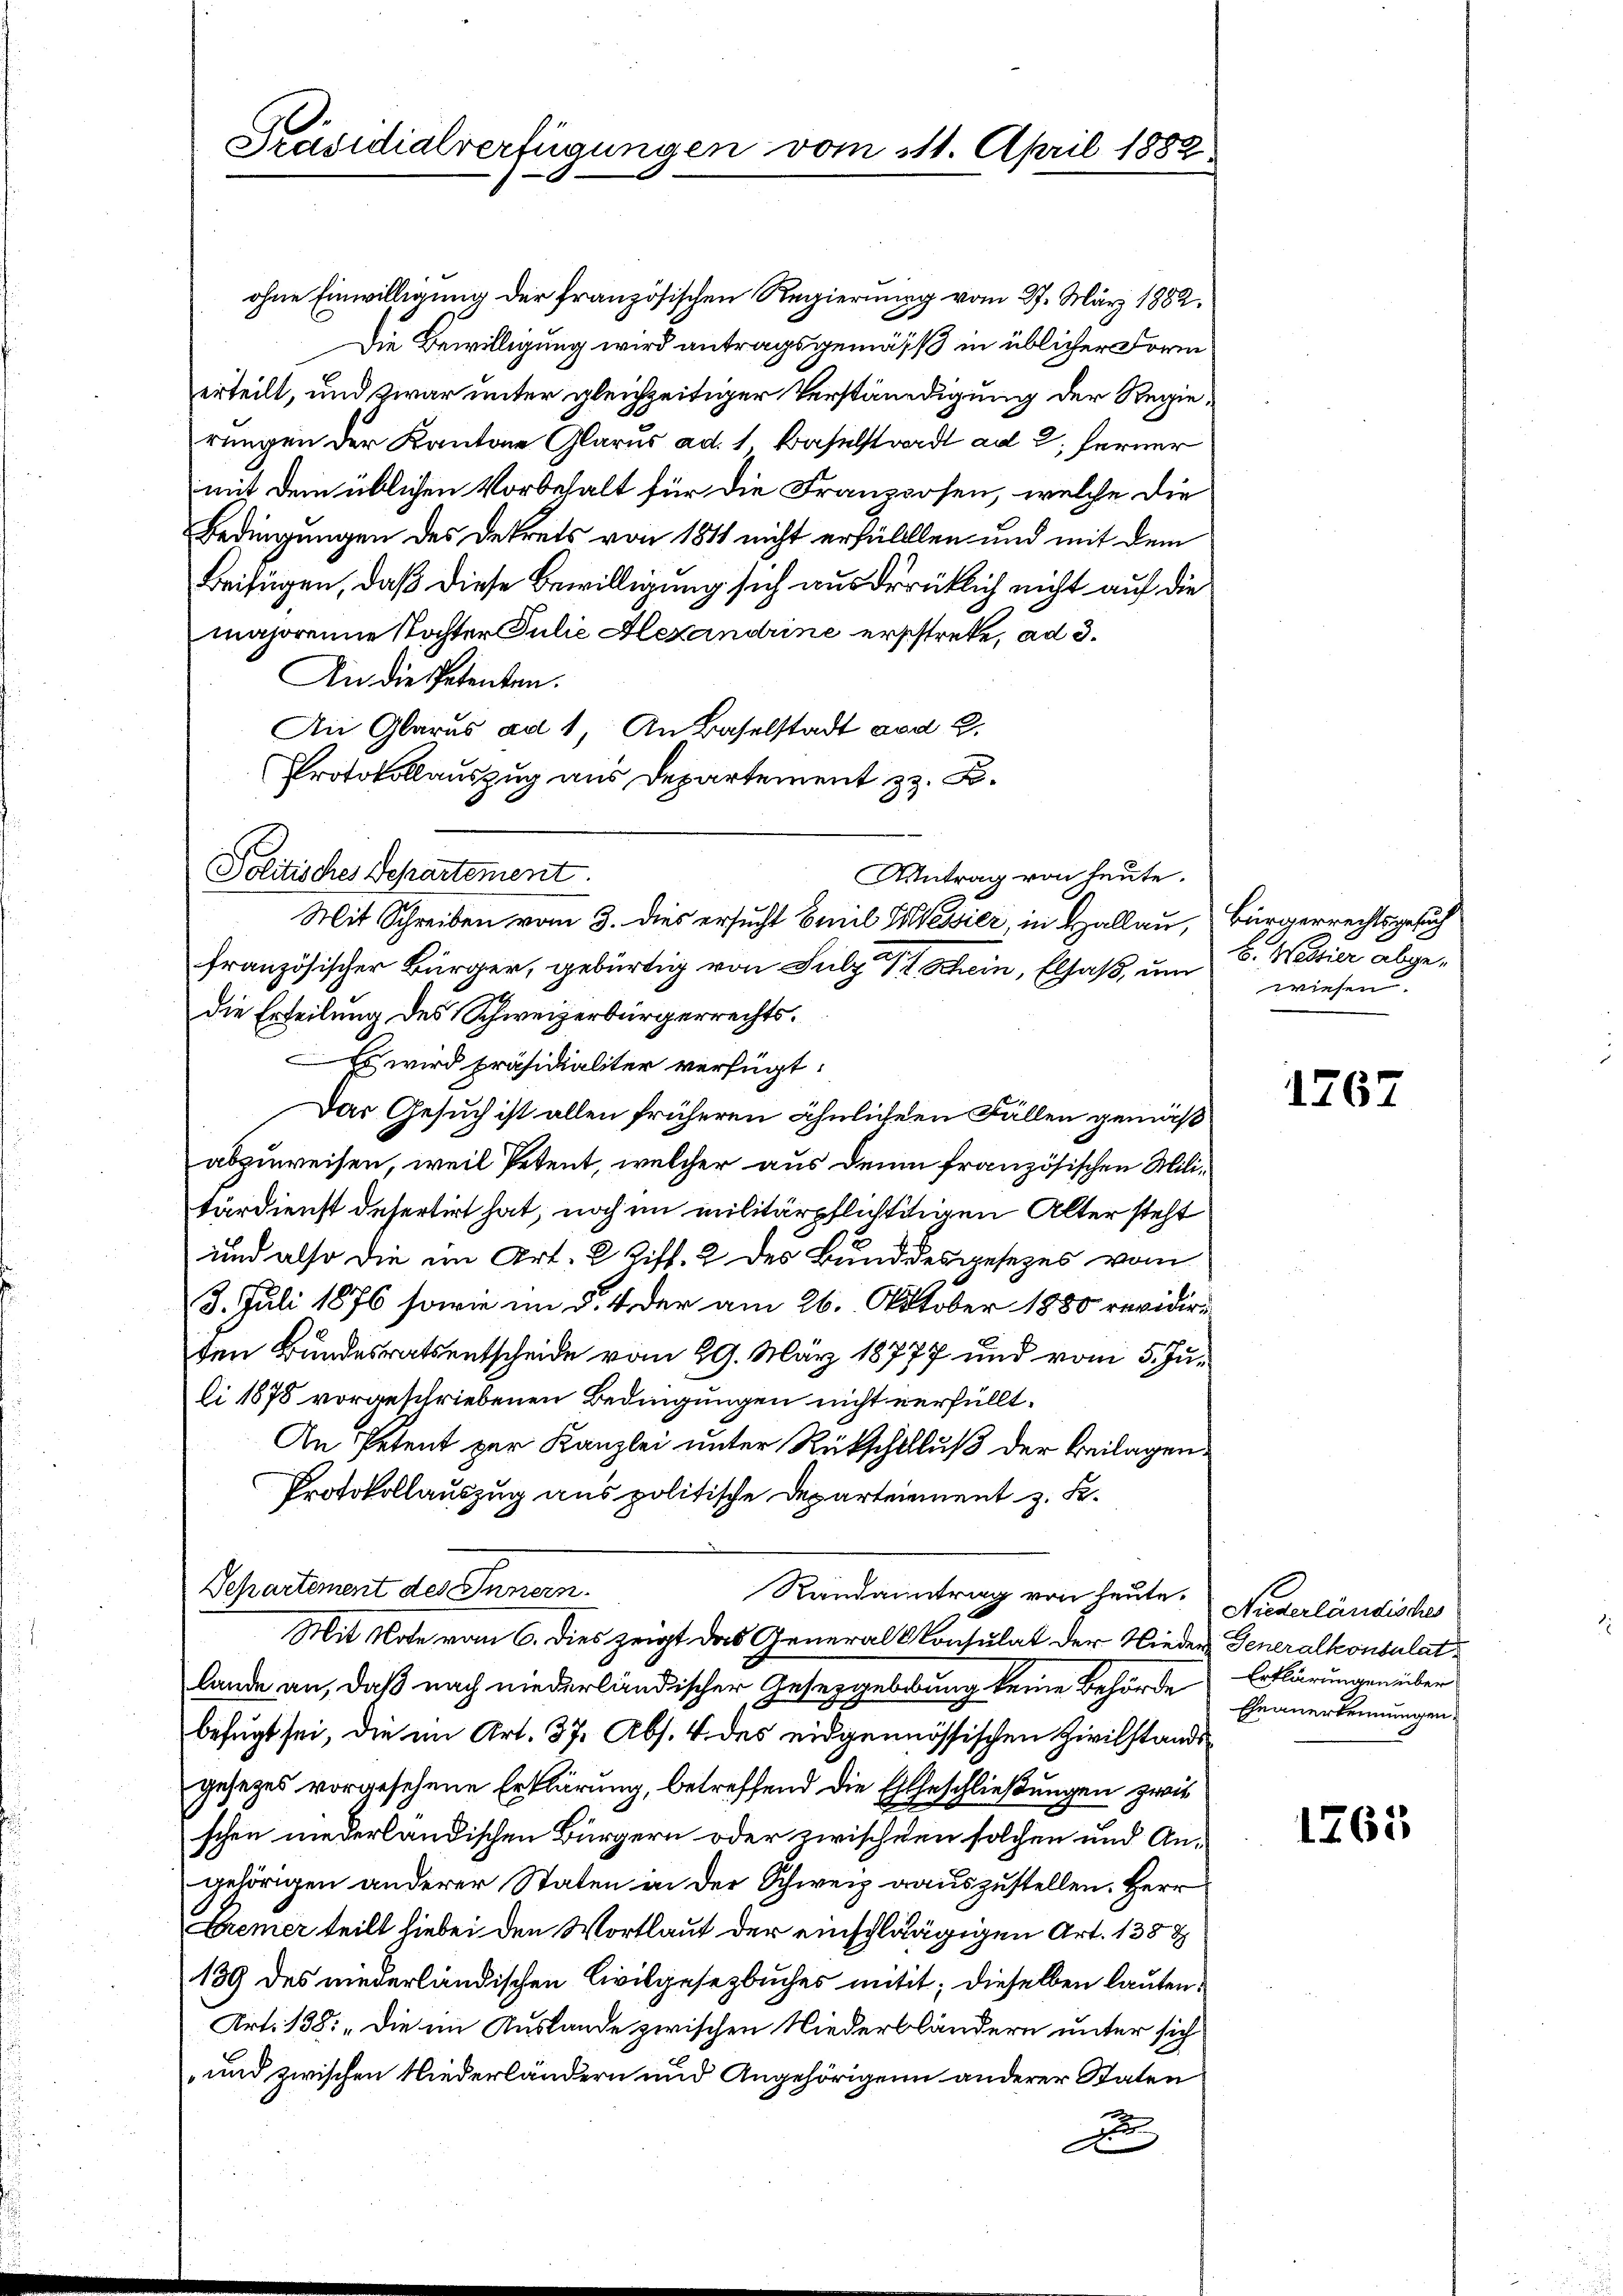
Präsidialverfügungen vom 111. April 1882

Mit Schreiben vom 3. dies ersucht Emil Sessier, in Hallau, Bürgerrechtsgesuch

ohne Einwilligung der französischen Regierung vom 27. März 1882.
Die Bewilligung wird antragsgemäss in üblicher Form
erteilt, und zwar unter gleichzeitiger Verständigung der Regierungen der Kantone Glarus ad. 1 Baselstadt ad 2, ferner
mit dem üblichen Vorbehalt für die Franzosen, welche die
Bedingungen des Dekrets von 1811 nicht erfüllten und mit dem
Beifügen, daß diese Bewilligung sich ausdrücklich nicht auf die
majorenne stochter Julie Hexandrine erstrete, ad 3.
An die Petenten.
An Glarus ad 1, An Baselstadt ad 2.
Protokollauszug aus Departement z. B.
Politisches Departement.
Antrag von heute.
französischer Bürger, gebürtig von Sulz Pf. Schein, Elsaß, um
die Erteilung des Schweizerbürgerrechts¬
Es wird präsidialiter verfügt:
Das Gesuch ist allen früheren ähnlichen Fällen gemäß
abzuweisen, weil Petent, welcher aus denn französischen Militärdienst desertirt hat, noch im militärpflichtigen Alter steht
und also die im Art. 2 Ziff. 2 des Bund desgesezes vom
3. Juli 1876 sowie im §. 4. der am 26. Oktober 1880 revidirten Bundesratsentscheide vom 29. März 18777 und vom 5. Juli 1878 vorgeschriebenen Bedingungen nicht verfüllt.
An Petent zur Kanzlei unter Rückschluß der Beilagen
Protokollauszug aus politische Departeient z. B.
Departement des Innern.
Randantrag von heute. Niederländisches
Mit Note vom 6. dies zeigt das Generalkonsulat der Nieder Generalkonsulat
lande an, daß nach niederländischer Gesetzgebung keine Behörde
befugt sei, die im Art. 37. Abs. 4 des eidgenössischen Zivilstands
gesezes vorgesehene Erklärung, betreffend die Eheschließungen zwis
schen niederländischen Bürgern oder zwischen solchen und An-
gehörigen anderer Staten in der Schweiz rauszustellen. Herr
Bremer teilt hiebei den Wortlaut der einschlägigen Art. 1388
189 des niederländischen Civilgesetzbuches mitit; dieselben lauten¬
Art. 138: „Die im Auslande zwischen Niederbländern unter sich
und zwischen Niederländern und Angehörigen anderer Staten
1
d

B. Westier abgewiesen

1767

Erklärungen über
Ehe anerkennungen.

1765